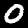
Label: 0